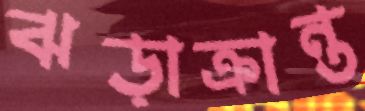
ঝড়াক্রান্ত